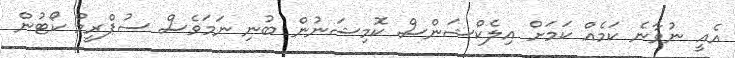
އެއީ ނުވާނެ ކަމެއް ކަމަށް އިލެކްޝަންސް ކޮމިޝަނުން ބުނި ނަމަވެސް ސުޕްރީމް ކޯޓުން